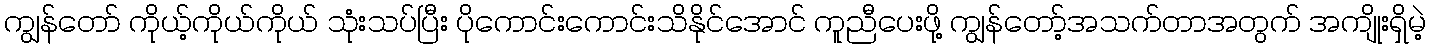
ကျွန်တော် ကိုယ့်ကိုယ်ကိုယ် သုံးသပ်ပြီး ပိုကောင်းကောင်းသိနိုင်အောင် ကူညီပေးဖို့ ကျွန်တော့်အသက်တာအတွက် အကျိုးရှိမဲ့